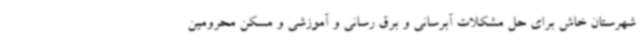
شهرستان خاش برای حل مشکلات آبرسانی و برق رسانی و آموزشی و مسکن محرومین